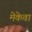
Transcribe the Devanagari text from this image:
मेकेवा